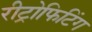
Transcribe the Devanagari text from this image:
रीट्रोफिटिंग